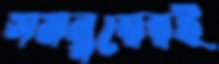
সমন্বয়েরই